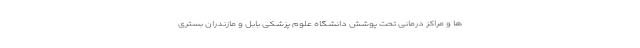
ها و مراکز درمانی تحت پوشش دانشگاه علوم پزشکی بابل و مازندران بستری